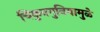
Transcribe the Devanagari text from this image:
चिकुनगुनियामुळे